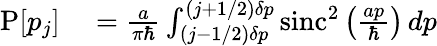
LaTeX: \begin{array}{rl}{\operatorname{P}[p_{j}]}&{{}={\frac{a}{\pi\hbar}}\int_{(j-1/2)\delta p}^{(j+1/2)\delta p}\operatorname{sinc}^{2}\left({\frac{ap}{\hbar}}\right)\, dp}\end{array}